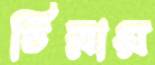
চিরায়